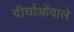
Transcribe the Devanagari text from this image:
दीर्घाओंवाले